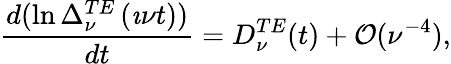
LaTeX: \frac{d(\ln\Delta_{\nu}^{TE}\left(\imath\nu t\right))}{dt}=D_{\nu}^{TE}(t)+\mathcal{O}(\nu^{-4}),